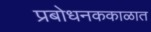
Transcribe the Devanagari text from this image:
प्रबोधनककाळात